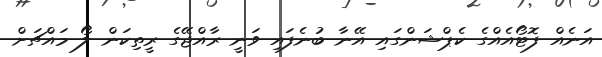
އަނެއް ފޮޓޯއެއްގެ ކެޕްޝަންގައި އޭނާ ބުނެފައި ވަނީ ރާއްޖޭގެ ރީތިކަން ލޯ މައްޗަށް